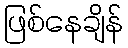
ဖြစ်နေချိန်